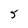
Character: 5